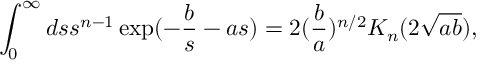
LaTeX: \int _ { 0 } ^ { \infty } d s s ^ { n - 1 } \exp ( - \frac { b } { s } - a s ) = 2 ( \frac { b } { a } ) ^ { n / 2 } K _ { n } ( 2 \sqrt { a b } ) ,